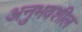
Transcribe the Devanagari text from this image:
अनुभवशील